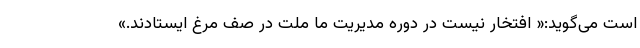
است می‌گوید:« افتخار نیست در دوره مدیریت ما ملت در صف مرغ ایستادند.»